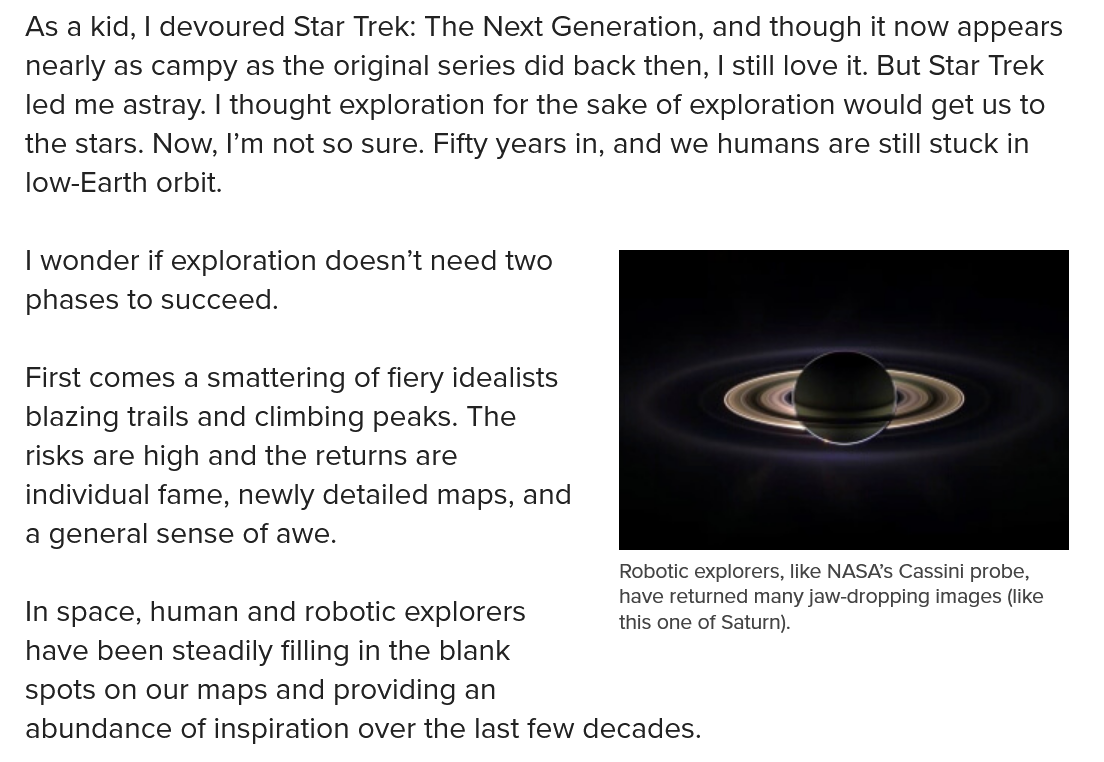
<>
     Robotic explorers, like NASA's Cassini probe,
     have returned many jaw-dropping images (like
     this one of Saturn).
  As a kid, | devoured Star Trek: The Next Generation, and though it now appears
  nearly as campy as the original series did back then, | still love it. But Star Trek
  led me astray. | thought exploration for the sake of exploration would get us to
  the stars. Now, I’m not so sure. Fifty years in, and we humans are still stuck in
  low-Earth orbit.
  | wonder if exploration doesn’t need two
  phases to succeed.
  First comes a smattering of fiery idealists
  blazing trails and climbing peaks. The
  risks are high and the returns are
  individual fame, newly detailed maps, and
  a general sense of awe.
  I    h    d   b
     .
     |
     Have re tur
   n space, human and robotic explorers   this one of
  have been steadily filling in the blank
  spots on our maps and providing an
  abundance of inspiration over the last few decades.